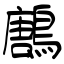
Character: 鶶